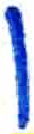
אות: ו